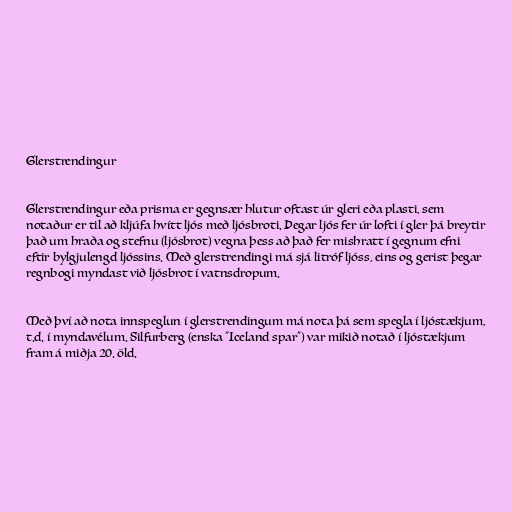
Glerstrendingur

Glerstrendingur eða prisma er gegnsær hlutur oftast úr gleri eða plasti, sem
notaður er til að kljúfa hvítt ljós með ljósbroti. Þegar ljós fer úr lofti í gler þá breytir
það um hraða og stefnu (ljósbrot) vegna þess að það fer mishratt í gegnum efni
eftir bylgjulengd ljóssins. Með glerstrendingi má sjá litróf ljóss, eins og gerist þegar
regnbogi myndast við ljósbrot í vatnsdropum.

Með því að nota innspeglun í glerstrendingum má nota þá sem spegla í ljóstækjum,
t.d. í myndavélum. Silfurberg (enska "Iceland spar") var mikið notað í ljóstækjum
fram á miðja 20. öld.